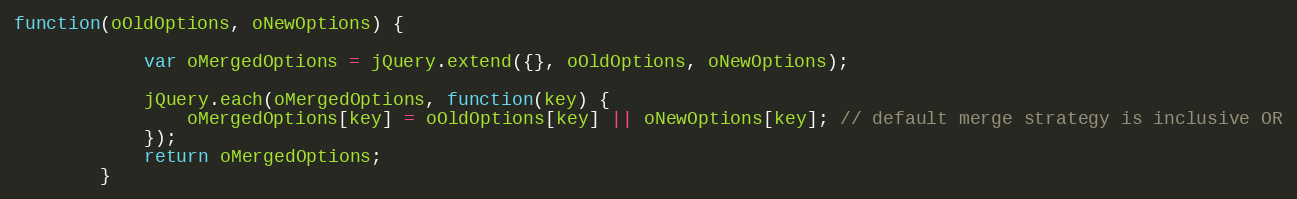
Language: JavaScript
function(oOldOptions, oNewOptions) {

			var oMergedOptions = jQuery.extend({}, oOldOptions, oNewOptions);

			jQuery.each(oMergedOptions, function(key) {
				oMergedOptions[key] = oOldOptions[key] || oNewOptions[key]; // default merge strategy is inclusive OR
			});
			return oMergedOptions;
		}